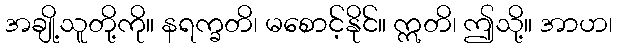
အချို့သူတို့ကို။ နရက္ခတိ၊ မစောင့်နိုင်။ ဣတိ၊ ဤသို့။ အာဟ၊